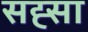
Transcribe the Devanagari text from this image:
सह्सा